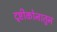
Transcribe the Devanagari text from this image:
दृष्टीकोनातुन